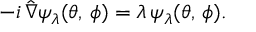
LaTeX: - i \, \hat { \nabla } \psi _ { \lambda } ( \theta , \, \phi ) = \lambda \, \psi _ { \lambda } ( \theta , \, \phi ) .